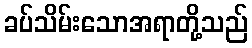
ခပ်သိမ်းသောအရာတို့သည်